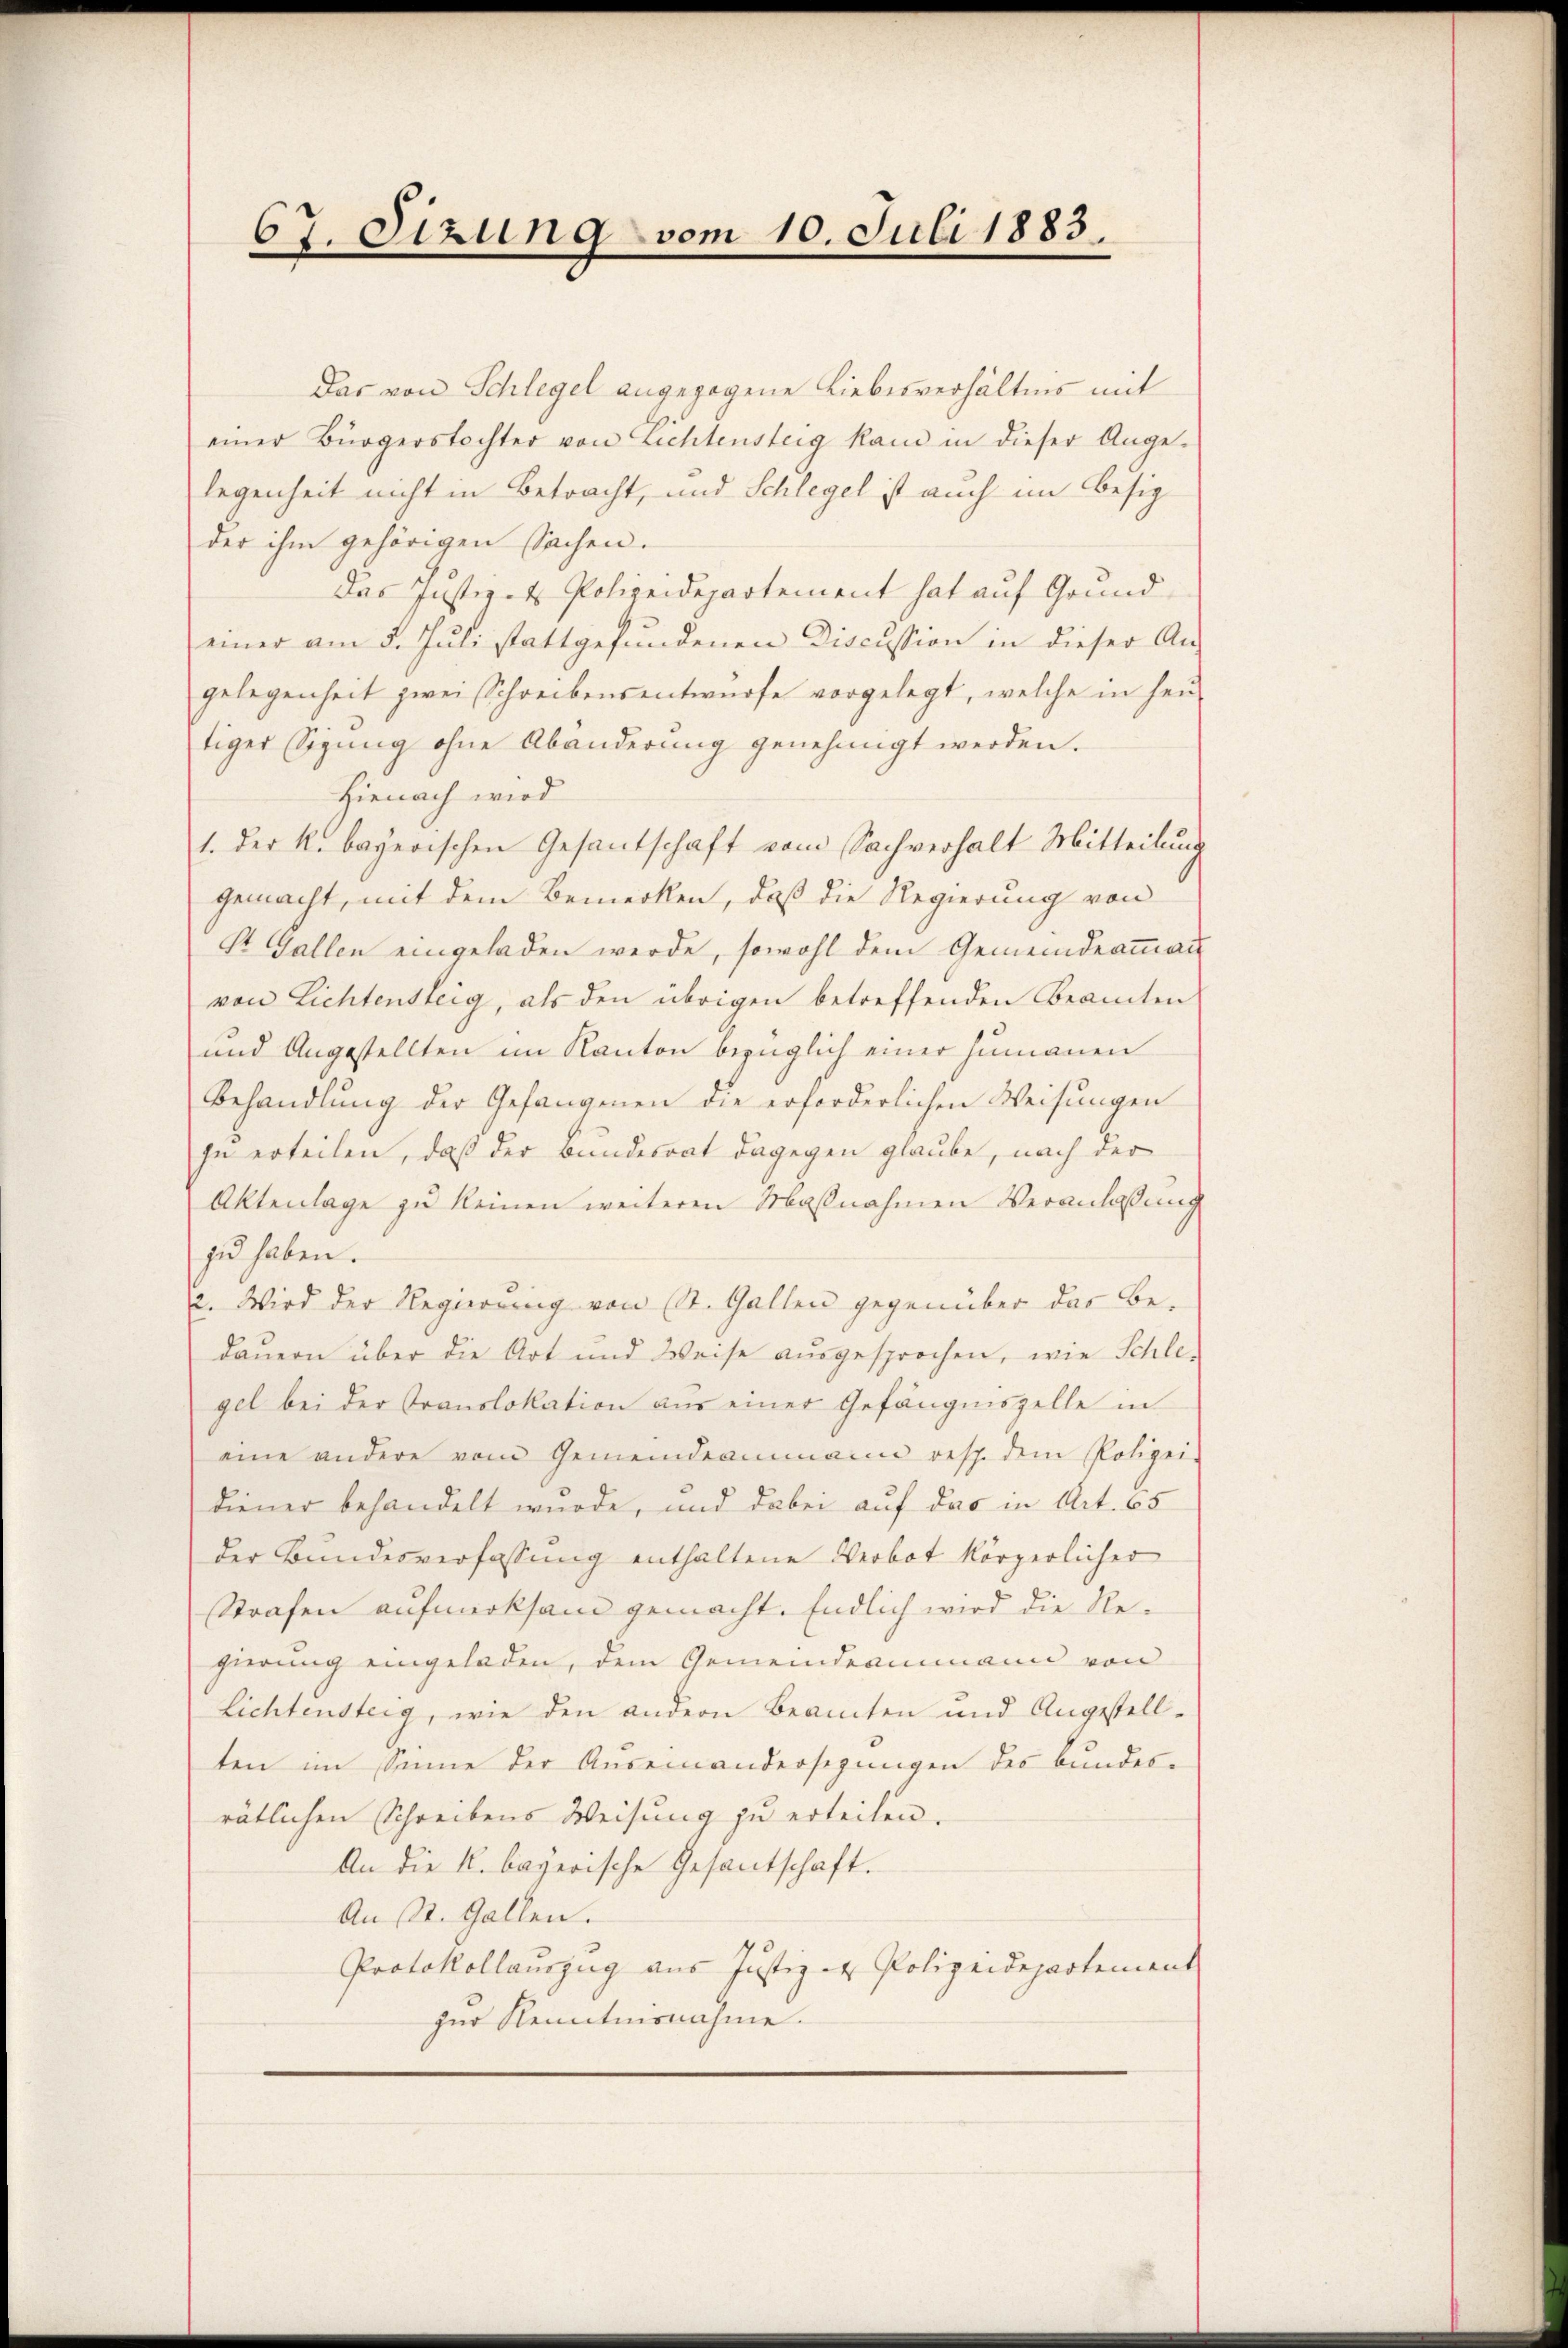
67. Sizung vom 10. Juli 1883.

Das von Schlegel angezogene Liebesverhältnis mit
einer Bürgerstochter von Lichtensteig kam in dieser Ange-
legenheit nicht in Betracht, und Schlegel ist auch im Besiz
der ihm gehörigen Sachen.
Das Justiz- & Polizeidepartement hat auf Grund-
einer am 5. Juli stattgefundenen Discussion in dieser An-
gelegenheit zwei Schreibensentwürfe vorgelegt, welche in hei
tiger Sigung ohne Abänderung genehmigt werden.
Hienach wird
1. der k. bayerischen Gesantschaft vom Sachverhalt Mitteilung
gemacht, mit dem Bemerken, daß die Regierung von
St. Gallen eingeladen werde, sowohl dem Gemeindeammann
von Lichtensteig, als den übrigen betreffenden Beamten
und Angestellten im Kanton bezüglich einer Humanen
Behandlung der Gefangenen die erforderlichen Weisungen
zu erteilen, daß der Bundesrat dagegen glaube, nach der
Aktenlage zŭ keinen weiteren Maßnahmen Veranlaßung
zu haben.
2. Wird der Regierung von St. Gallen gegenüber das Be-
dauern über die Art und Weise aŭsgesprochen, wie Schle-
gel bei der Translokation aus einer Gefängniszelle in
eine andere vom Gemeindeammann resp. dem Polizei-
diener behandelt wurde, und dabei auf das in Art. 65
der Bundesverfassung enthaltene Verbot körperlicher
sStrafen aufmerksam gemacht. Endlich wird die Regierung eingeladen, dem Gemeindeammann von
Lichtensteig, wie den andern Beamten und Angestell-
ten im Sinne der Auseinandersezungen des Bundesrätlichen Schreibens Weisung zu erteilen.
An die K. bayerische Gesantschaft.
An St. Gallen.
Protokollauszug aus Justiz - Polizeidepartement
zur Kenntnisnahme.